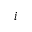
i